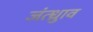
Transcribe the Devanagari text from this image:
जंत्ध्रुाव